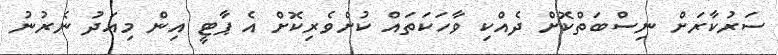
ސަރުކާރަށް ނިސްބަތްކޮށް ދެއްކި ވާހަކަތައް ކުށްވެރިކޮށް އެ ޕާޓީ އިން މިއަދު ނެރުނު